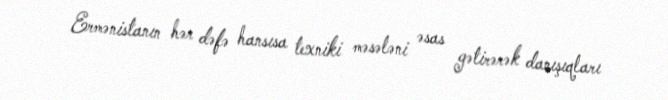
Ermənistanın hər dəfə hansısa texniki məsələni əsas gətirərək danışıqları